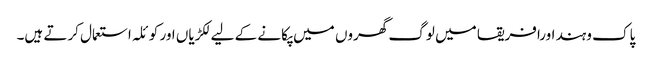
پاک وہند اورافریقا میں لوگ گھروں میں پکانے کے لیے لکڑیاں اور کوئلہ استعمال کرتے ہیں۔